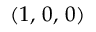
( 1 , \, 0 , \, 0 )